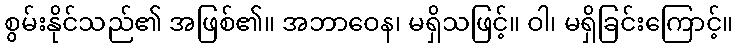
စွမ်းနိုင်သည်၏ အဖြစ်၏။ အဘာဝေန၊ မရှိသဖြင့်။ ဝါ၊ မရှိခြင်းကြောင့်။